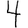
Digit: 4